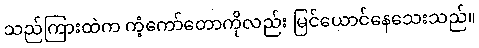
သည်ကြားထဲက ကံ့ကော်တောကိုလည်း မြင်ယောင်နေသေးသည်။